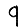
Digit: 9